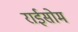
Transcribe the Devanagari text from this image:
राईसोम